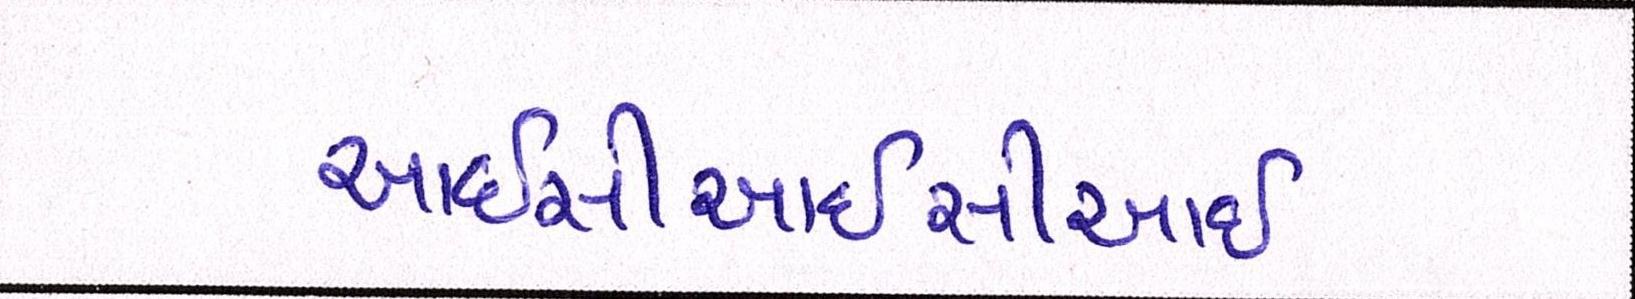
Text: આઈસીઆઈસીઆઈ